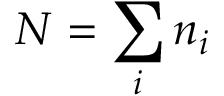
N = \sum _ { i } n _ { i }